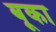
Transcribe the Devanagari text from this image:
बूका